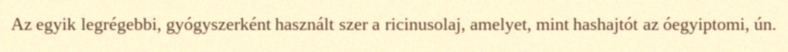
Az egyik legrégebbi, gyógyszerként használt szer a ricinusolaj, amelyet, mint hashajtót az óegyiptomi, ún.